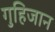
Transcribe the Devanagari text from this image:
गुहिजान